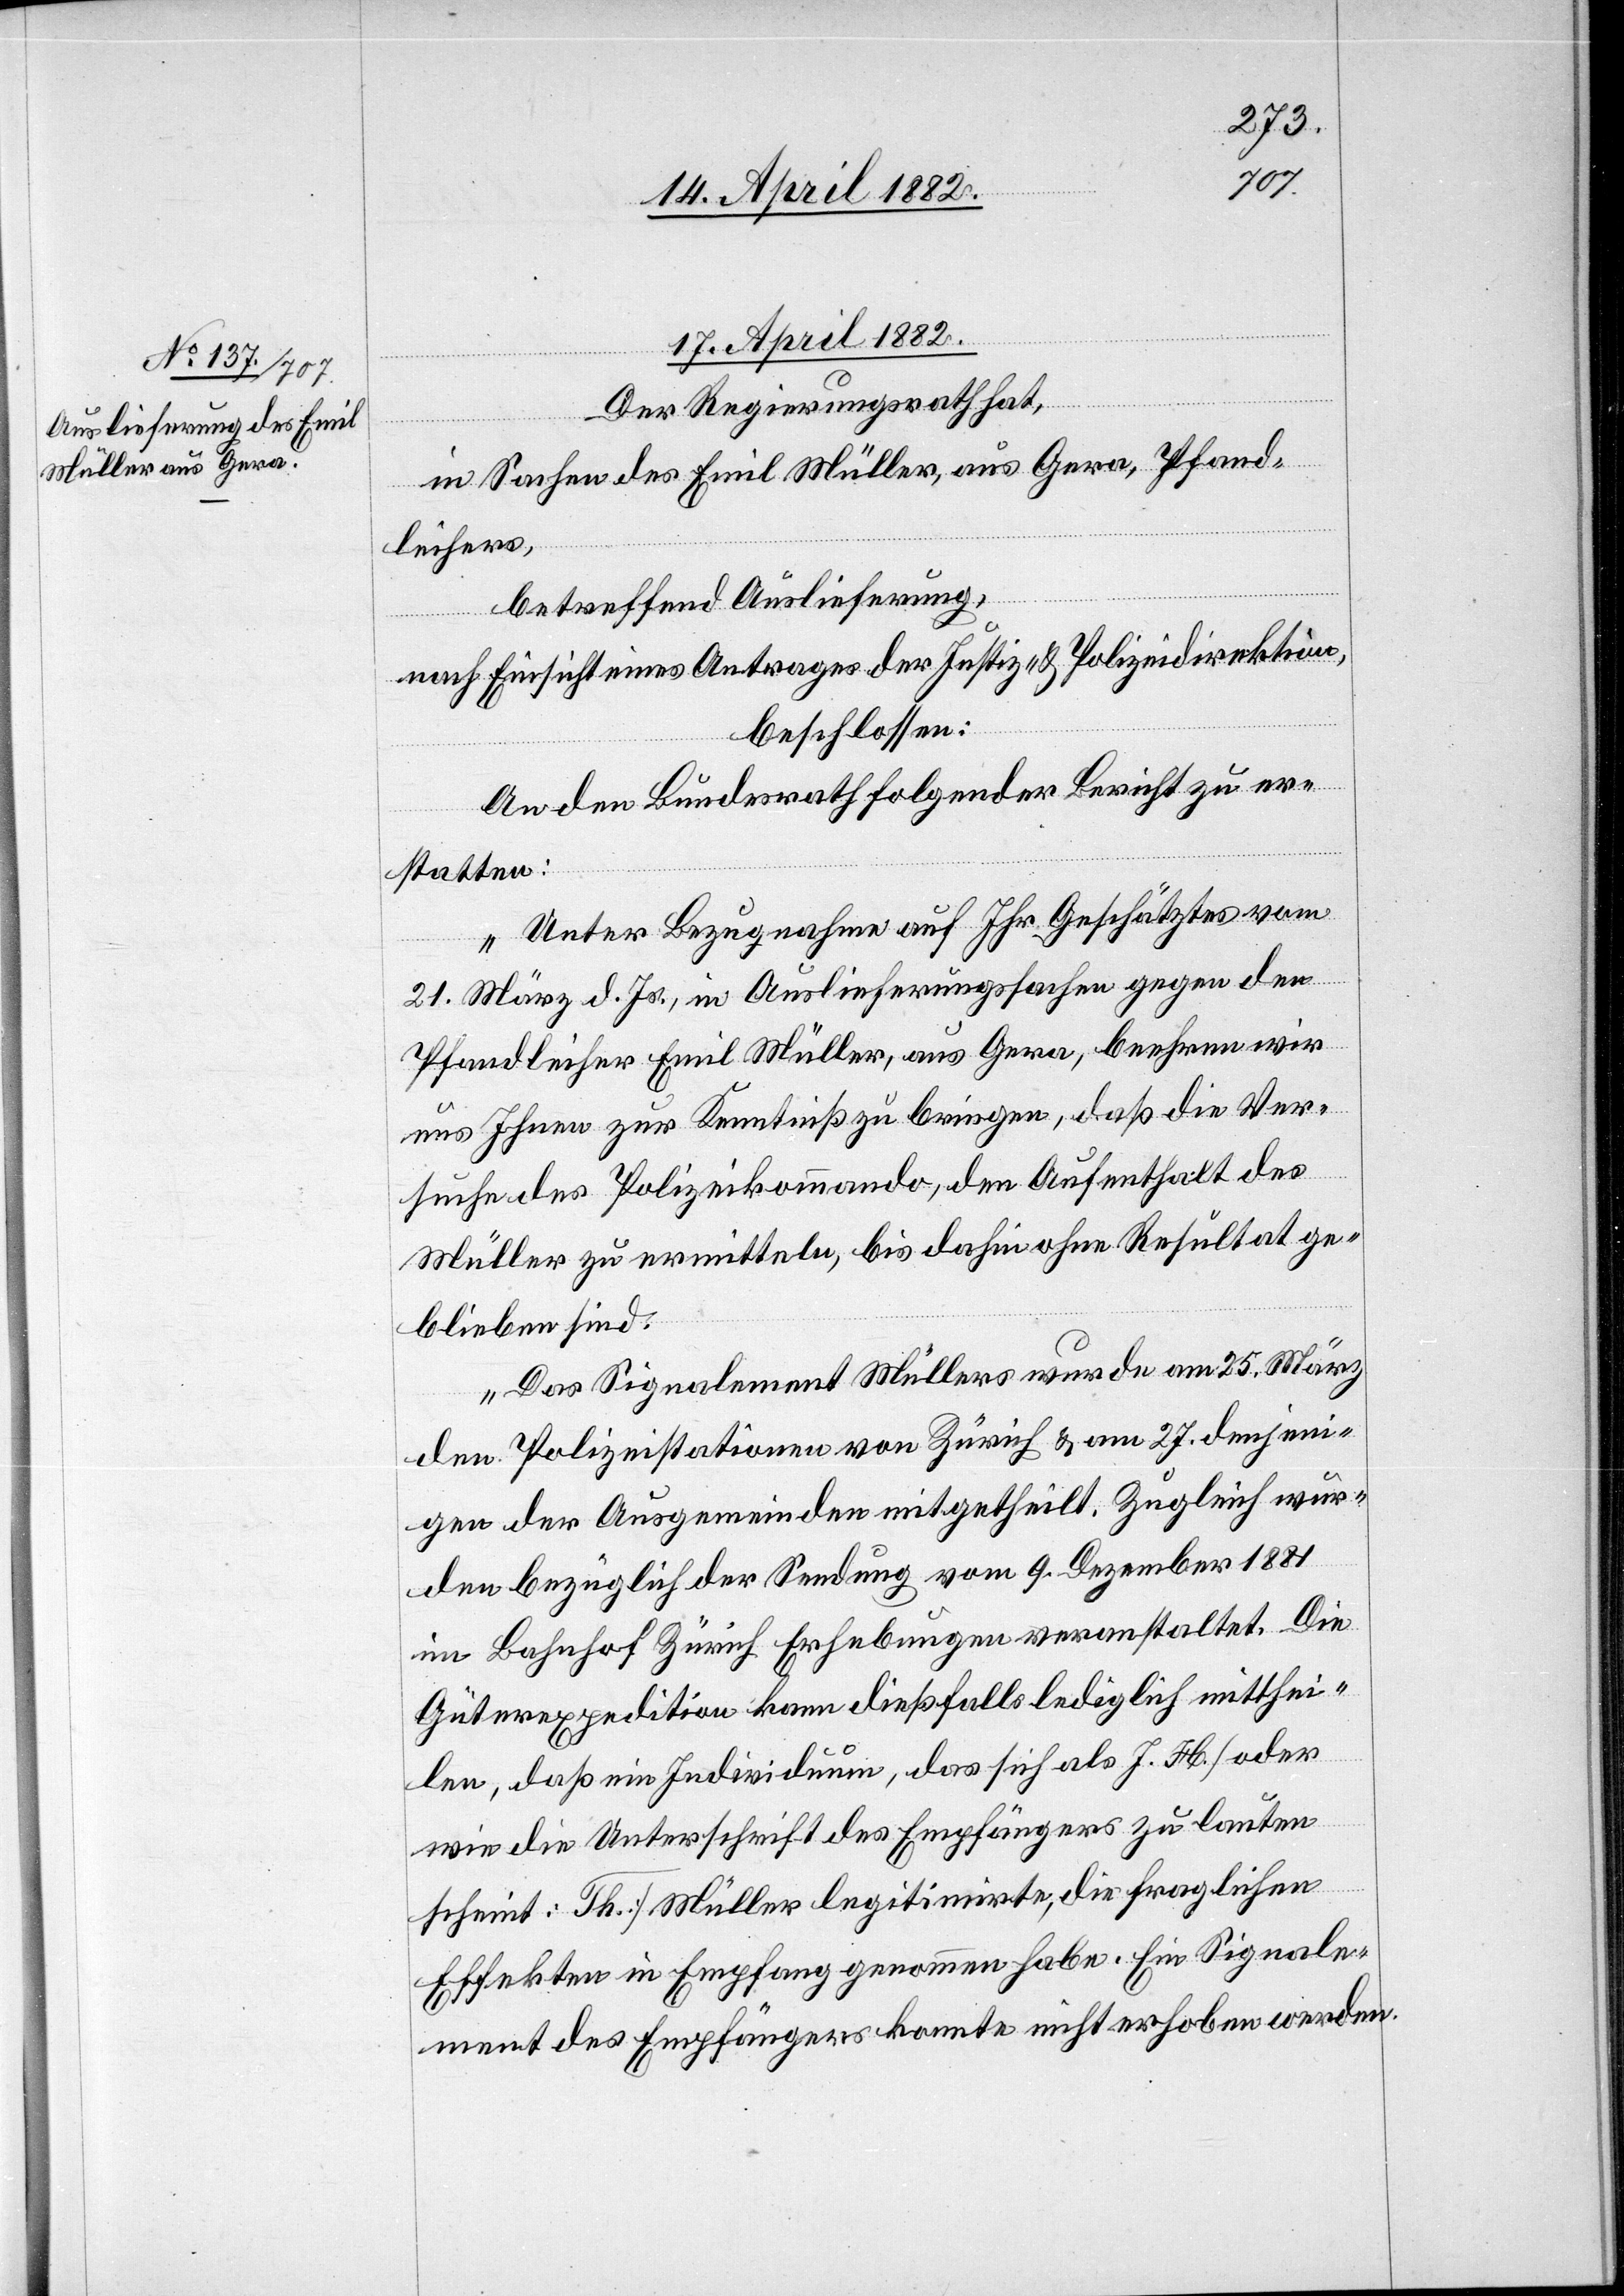
17. April 1882.
Der Regierungsrath hat,
in Sachen des Emil Müller, aus Gera, Pfand¬
leihers,
betreffend Auslieferung,
nach Einsicht eines Antrages der Justiz- & Polizeidirektion,
beschlossen:
An den Bundesrath folgender Bericht zu er¬
statten:
„Unter Bezugnahme auf Ihr Geschätztes vom
21. März d. Js., in Auslieferungssachen gegen den
Pfandleiher Emil Müller, aus Gera, beehren wir
uns Ihnen zur Kenntniß zu bringen, daß die Ver¬
suche des Polizeikommando, den Aufenthalt des
Müller zu ermitteln, bis dahin ohne Resultat ge¬
blieben sind.
Das Signalement Müllers wurde am 25. März
den Polizeistationen von Zürich & am 27. denjeni¬
gen der Ausgemeinden mitgetheilt. Zugleich wur¬
den bezüglich der Sendung vom 9. Dezember 1881
im Bahnhof Zürich Erhebungen veranstaltet. Die
Güterexpedition kann dießfalls lediglich mitthei¬
len, daß ein Individuum, das sich als J. H. [oder
wie die Unterschrift des Empfängers zu lauten
scheint: Th.] Müller legitimirte, die fraglichen
Effekten in Empfang genommen habe. Ein Signale¬
ment des Empfängers konnte nicht erhoben werden.